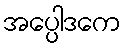
အပ္ပေါဒကေ